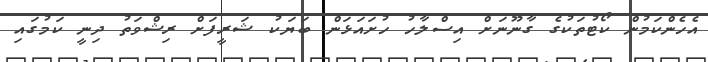
އެހެންކަމުން ކޯޓުތަކުގެ ގާނޫނަށް އިސްލާހު ހުށައަޅަން ބަޔަކު ޝަރީފަށް ރިޝްވަތު ދިނީ ކަމުގައި